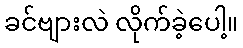
ခင်ဗျားလဲ လိုက်ခဲ့ပေါ့။